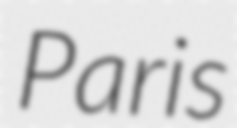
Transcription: Paris